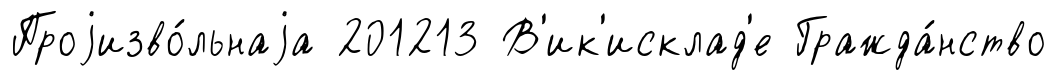
Проjизво́льнаjа 201213 В'ик'исклад'е Гражда́нство